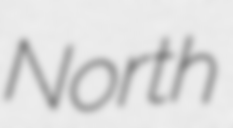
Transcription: North